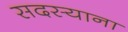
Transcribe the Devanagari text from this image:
सदस्याना